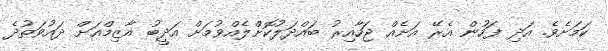
ކަމަށެވެ. އަދި ފަހުން އެރޭ އަށެއް ޖަހާއިރު ބައްދަލުކޮށްލެއްވުމަށް އަދީބު އާޒިމްއަށް ދައުވަތުދެ